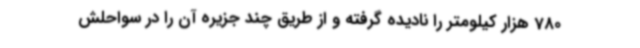
780 هزار کیلومتر را نادیده گرفته و از طریق چند جزیره آن را در سواحلش